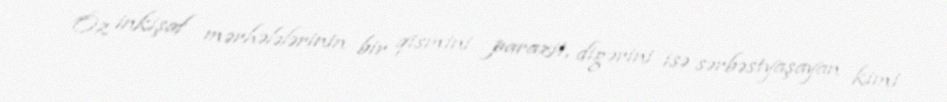
Öz inkişaf mərhələlərinin bir qismini parazit, digərini isə sərbəstyaşayan kimi